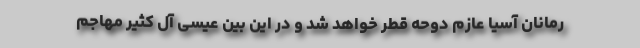
رمانان آسیا عازم دوحه قطر خواهد شد و در این بین عیسی آل کثیر مهاجم